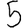
Digit: 5